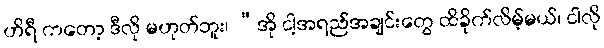
ဟိရီ ကတော့ ဒီလို မဟုတ်ဘူး၊ “အို ငါ့အရည်အချင်းတွေ ထိခိုက်လိမ့်မယ်၊ ငါလို